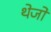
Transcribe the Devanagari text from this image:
थेजो